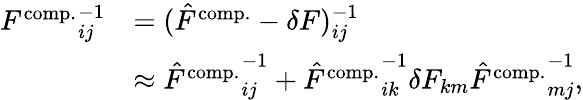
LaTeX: \begin{array}{rl}{{F^{\mathrm{comp.}}}_{ij}^{-1}}&{=(\hat{F}^{\mathrm{comp.}}-\delta F)_{ij}^{-1}}\\ &{\approx{\left.\hat{F}^{\mathrm{comp.}}\right.}_{ij}^{-1}+{\left.\hat{F}^{\mathrm{comp.}}\right.}_{ik}^{-1}\delta F_{km}{\left.\hat{F}^{\mathrm{comp.}}\right.}_{mj}^{-1},}\end{array}